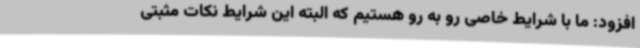
افزود: ما با شرایط خاصی رو به رو هستیم که البته این شرایط نکات مثبتی